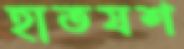
হাতযশ